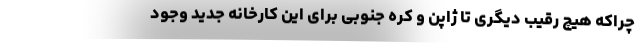
چراکه هیچ رقیب دیگری تا ژاپن و کره جنوبی برای این کارخانه جدید وجود